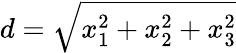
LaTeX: d={\sqrt{x_{1}^{2}+x_{2}^{2}+x_{3}^{2}}}